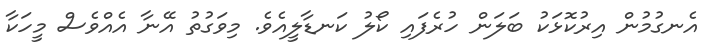
އެނގުމުން އިރުކޮޅަކު ބަލަން ހުރެފައި ކޯލު ކަނޑާލީއެވެ. މިވަގުތު އޭނާ އެއްވެސް މީހަކާ